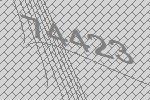
74423